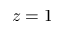
z = 1